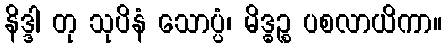
နိဒ္ဒါ တု သုပိနံ သောပ္ပံ၊ မိဒ္ဓဉ္စ ပစလာယိကာ။